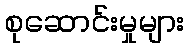
စုဆောင်းမှုများ